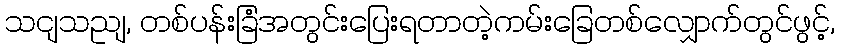
သငျသညျ, တစ်ပန်းခြံအတွင်းပြေးရတာတဲ့ကမ်းခြေတစ်လျှောက်တွင်ဖွင့်,